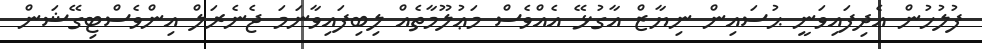
ފުލުހުން އެދިފައިވަނީ ޙުސައިން ނިޔާޒް އާގުޅޭ އެއްވެސް މަޢުލޫމާތެއް ލިބިފައިވާނަމަ ޖެނެރަލް އިންވެސްޓިގޭޝަން